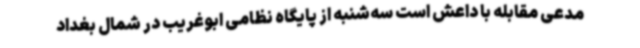
مدعی مقابله با داعش است سه‌شنبه از پایگاه نظامی ابوغریب در شمال بغداد